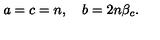
a = c = n , \quad b = 2 n \beta _ { c } .